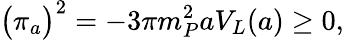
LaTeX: \bigl(\pi_{a}\bigr)^{2}=-3\pi m_{P}^{2}aV_{L}(a)\geq 0,